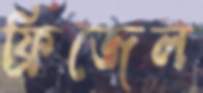
ফ্রিজেল